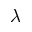
\lambda